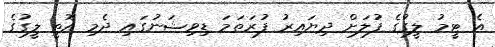
އެ ޓީމު ލީގުގެ ފުލަށް ދިޔައިރު ފުރަތަމަ ޑިވިޝަނުގައި ދެމި އޮތީ ލީގުގެ